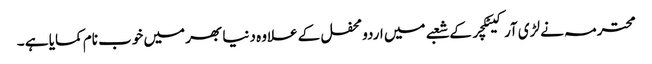
محترمہ نے لڑی آرکیٹکچر کے شعبے میں اردو محفل کے علاوہ دنیا بھر میں خوب نام کمایا ہے ۔